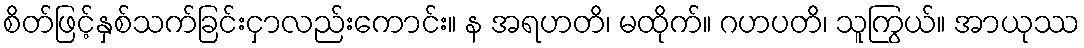
စိတ်ဖြင့်နှစ်သက်ခြင်းငှာလည်းကောင်း။ န အရဟတိ၊ မထိုက်။ ဂဟပတိ၊ သူကြွယ်။ အာယုဿ